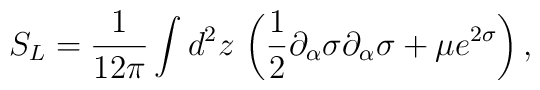
S_{L}=\frac{1}{12\pi }\int d^{2}z\, \left( \frac{1}{2}\partial _{\alpha }\sigma \partial _{\alpha }\sigma +\mu e^{2\sigma }\right) ,